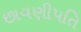
છાવણીપતિ